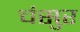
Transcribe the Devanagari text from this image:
चंसुर